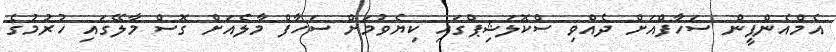
އެމްއެންޕީން ސަހާފްއަށް ދެއްވި ސްކޮލަޝިޕްގައި ކިޔެވުމަށް ސަހާފް މާލެއަށް ގޮސް މާލޭގައި ހުރުމުގެ